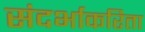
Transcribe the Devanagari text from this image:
संदर्भाकरिता